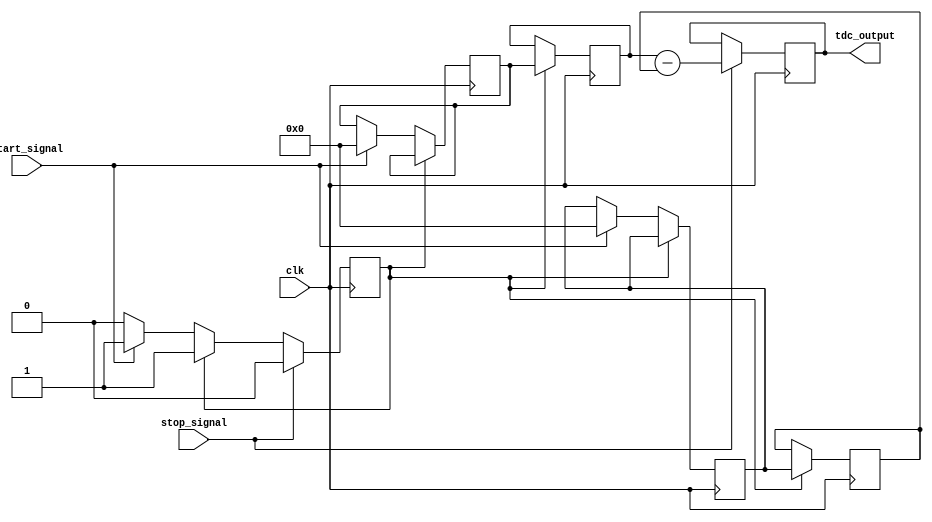
module tdc_vernier_delay (
    input wire clk,              // System clock
    input wire start_signal,     // Start signal
    input wire stop_signal,      // Stop signal
    output reg [15:0] tdc_output  // TDC output (16 bits for time interval)
);

    reg [15:0] delay_line_a;  // Delay line A value accumulator
    reg [15:0] delay_line_b;  // Delay line B value accumulator
    reg [15:0] count_a;       // Counter for delay line A
    reg [15:0] count_b;       // Counter for delay line B
    reg capturing;            // Capturing flag

    // Initialize delay line values to zero
    initial begin
        delay_line_a = 16'd0;
        delay_line_b = 16'd0;
        count_a = 16'd0;
        count_b = 16'd0;
        capturing = 1'b0;
    end

    // Simple delay line implementation using counting
    always @(posedge clk) begin
        if (capturing) begin
            delay_line_a <= count_a;  // Store count for delay line A
            delay_line_b <= count_b;  // Store count for delay line B
        end else begin
            if (start_signal) begin
                capturing <= 1'b1;     // Start capturing
                count_a <= 0;         // Reset counters
                count_b <= 0;
            end

            if (capturing) begin
                // Increment both counters
                if (count_a < 16'd65535) count_a <= count_a + 1; // Increment count A
                if (count_b < 16'd65535) count_b <= count_b + 1; // Increment count B
            end
        end

        if (stop_signal) begin
            capturing <= 1'b0;         // Stop capturing
            tdc_output <= delay_line_a - delay_line_b; // Calculate interval
        end
    end

endmodule